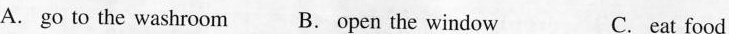
A. go to the washroom B. Open the window C. eat food